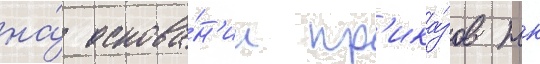
на́ основа́н'ии пр'ика́зов нк